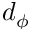
d _ { \phi }